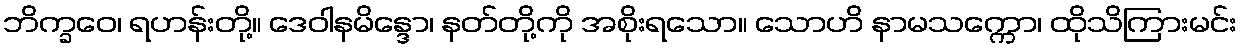
ဘိက္ခဝေ၊ ရဟန်းတို့။ ဒေဝါနမိန္ဒော၊ နတ်တို့ကို အစိုးရသော။ သောဟိ နာမသက္ကော၊ ထိုသိကြားမင်း